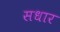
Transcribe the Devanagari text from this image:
सधार